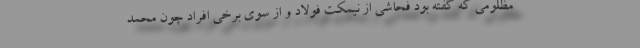
مظلومی که گفته بود فحاشی از نیمکت فولاد و از سوی برخی افراد چون محمد